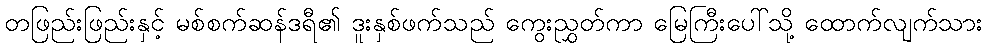
တဖြည်းဖြည်းနှင့် မစ်စက်ဆန်ဒရီ၏ ဒူးနှစ်ဖက်သည် ကွေးညွှတ်ကာ မြေကြီးပေါ်သို့ ထောက်လျက်သား